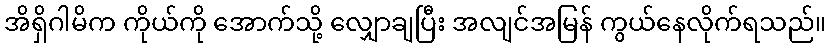
အိရှိဂါမိက ကိုယ်ကို အောက်သို့ လျှောချပြီး အလျင်အမြန် ကွယ်နေလိုက်ရသည်။